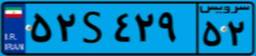
۹۸S۲۳۷۲۸